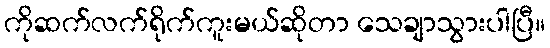
ကိုဆက်လက်ရိုက်ကူးမယ်ဆိုတာ သေချာသွားပါပြီ။